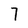
Character: 7